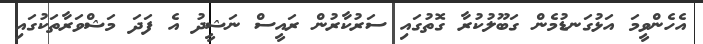
އެހެންވީމަ އަޅުގަނޑުމެން ގަބޫލުކުރާ ގޮތުގައި ސަރުކާރުން ރައީސް ނަޝީދު އެ ފަދަ މަޝްވަރާތަކުގައި